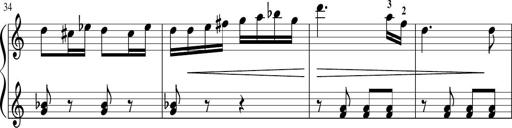
Title: Sonatina in G major
Composer: Friedrich Kuhlau
Key: G major